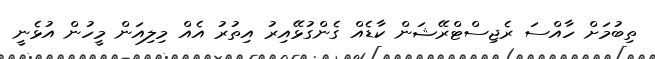
ތިބުމަށް ހާއްސަ ރެޖިސްޓްރޭޝަން ކާޑެއް ގެންގުޅޭއިރު އިތުރު އެއް މިލިއަން މީހުން އުޅެނީ